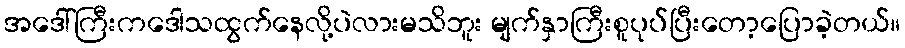
အဒေါ်ကြီးကဒေါသထွက်နေလို့ပဲလားမသိဘူး မျက်နှာကြီးစူပုပ်ပြီးတော့ပြောခဲ့တယ်။